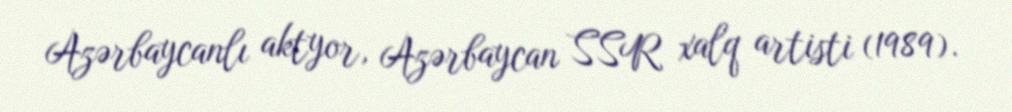
Azərbaycanlı aktyor, Azərbaycan SSR xalq artisti (1989).